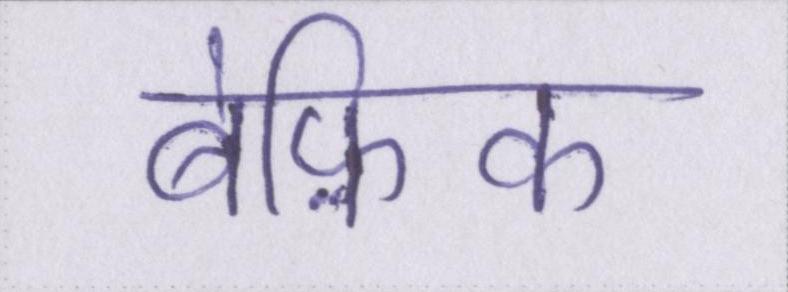
बेफ़िक्र